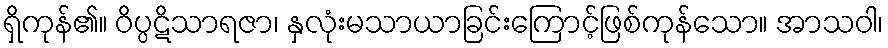
ရှိကုန်၏။ ဝိပ္ပဋိသာရဇာ၊ နှလုံးမသာယာခြင်းကြောင့်ဖြစ်ကုန်သော။ အာသဝါ၊